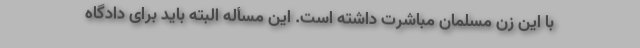
با این زن مسلمان مباشرت داشته است. این مسأله البته باید برای دادگاه